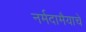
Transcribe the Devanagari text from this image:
नर्मदामैयाचे